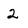
Character: 2